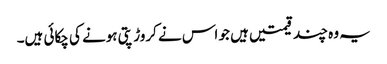
یہ وہ چند قیمتیں ہیں جو اس نے کروڑ پتی ہونے کی چکائی ہیں۔